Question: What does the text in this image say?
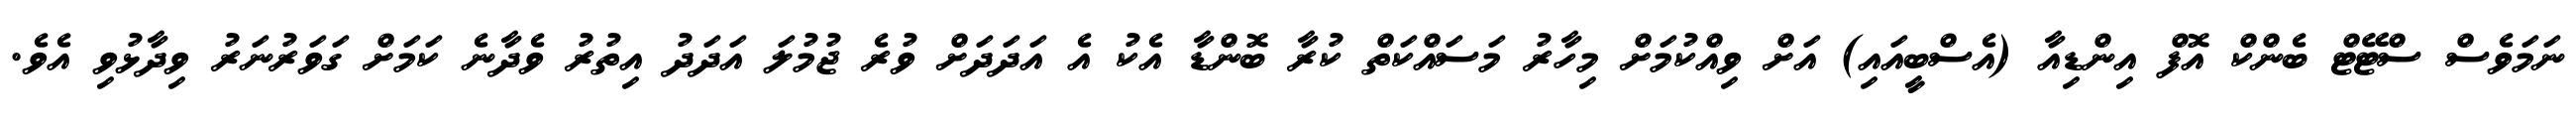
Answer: ނަމަވެސް ސްޓޭޓް ބެންކް އޮފް އިންޑިއާ (އެސްބީއައި) އަށް ވިއްކުމަށް މިހާރު މަސައްކަތް ކުރާ ބޮންޑާ އެކު އެ އަދަދަށް ވުރެ ޖުމުލަ އަދަދު އިތުރު ވެދާނެ ކަމަށް ގަވަރުނަރު ވިދާޅުވި އެވެ.